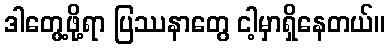
ဒါတွေ့ဖို့ရာ ပြဿနာတွေ ငါ့မှာရှိနေတယ်။